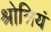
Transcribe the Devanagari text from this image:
श्रोत्रियं